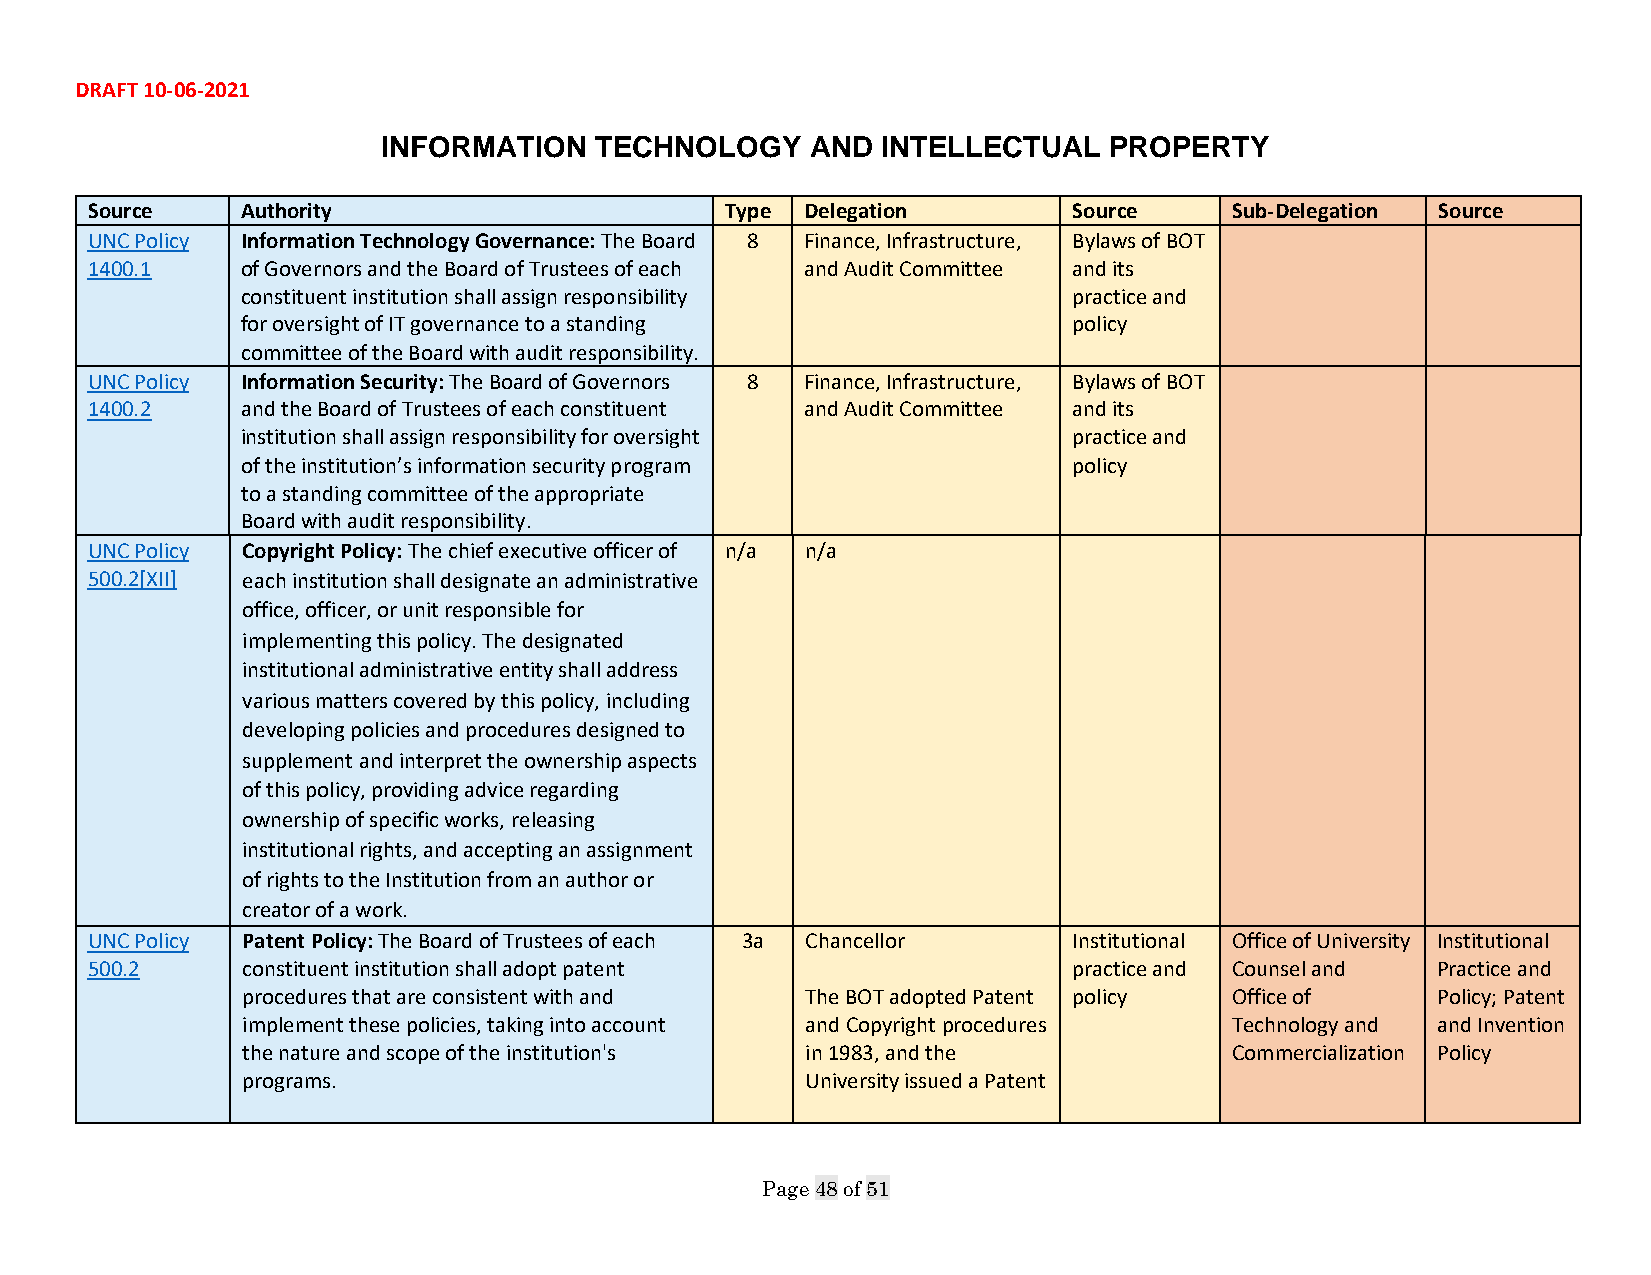
DRAFT 10-06-2021
 INFORMATION   TECHNOLOGY     AND INTELLECTUAL   PROPERTY
 Source    Authority                       Type Delegation        Source     Sub-Delegation Source
 UNC Policy Information Technology Governance: The Board 8 Finance, Infrastructure, Bylaws of BOT
 1400.1    of Governors and the Board of Trustees of each and Audit Committee and its
 constituent institution shall assign responsibility    practice and
 for oversight of IT governance to a standing           policy
 committee of the Board with audit responsibility.
 UNC Policy Information Security: The Board of Governors 8 Finance, Infrastructure, Bylaws of BOT
 1400.2    and the Board of Trustees of each constituent and Audit Committee and its
 institution shall assign responsibility for oversight  practice and
 of the institution’s information security program      policy
 to a standing committee of the appropriate
 Board with audit responsibility.
 UNC Policy Copyright Policy: The chief executive officer of n/a n/a
 500.2[XII] each institution shall designate an administrative
 office, officer, or unit responsible for
 implementing this policy. The designated
 institutional administrative entity shall address
 various matters covered by this policy, including
 developing policies and procedures designed to
 supplement and interpret the ownership aspects
 of this policy, providing advice regarding
 ownership of specific works, releasing
 institutional rights, and accepting an assignment
 of rights to the Institution from an author or
 creator of a work.
 UNC Policy Patent Policy: The Board of Trustees of each 3a Chancellor Institutional Office of University Institutional
 500.2     constituent institution shall adopt patent             practice and Counsel and Practice and
 procedures that are consistent with and The BOT adopted Patent policy Office of Policy; Patent
 implement these policies, taking into account and Copyright procedures Technology and and Invention
 the nature and scope of the institution's in 1983, and the        Commercialization Policy
 programs.                            University issued a Patent
 Page 48 of 51